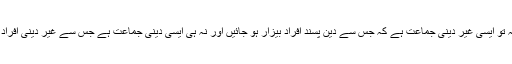
تحریکِ انصاف نہ تو ایسی غیر دینی جماعت ہے کہ جس سے دین پسند افراد بیزار ہو جائیں اور نہ ہی ایسی دینی جماعت ہے جس سے غیر دینی افراد برگشتہ ہو جائیں۔